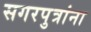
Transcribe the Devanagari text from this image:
सगरपुत्रांना